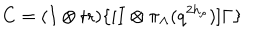
LaTeX: C = ( I \otimes \mathrm { t r } ) \{ [ I \otimes \pi _ { \Lambda } ( q ^ { 2 h _ { \rho } } ) ] \Gamma \}